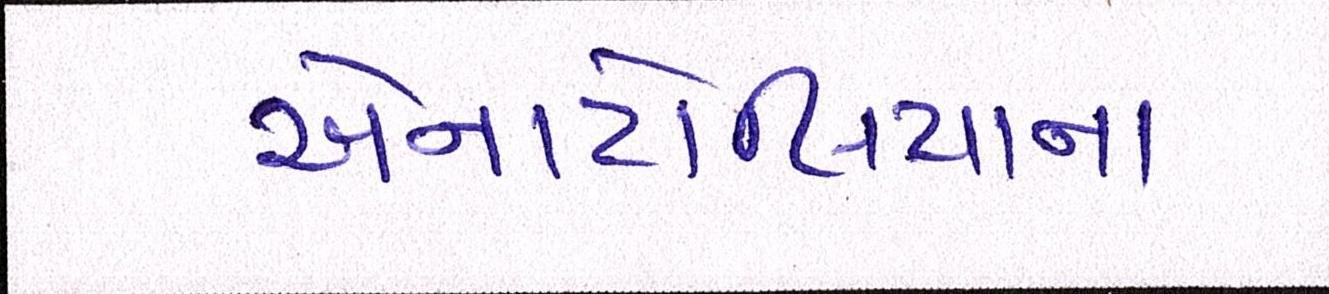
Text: એનાટોલિયાના